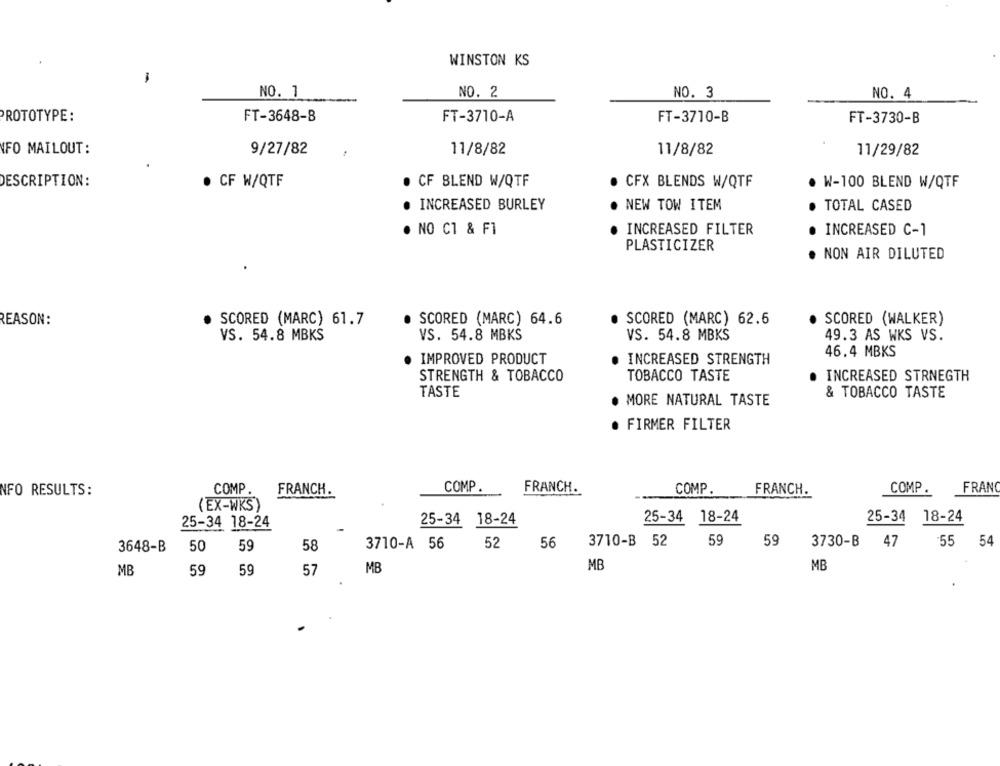
WINSTON KS
-
NO. 3
NO. 1
NO. 2
NO. 4
PROTOTYPE:
FT-3648-B
FT-3710-A
FT-3710-B
FT-3730-B
NFO MAILOUT:
9/27/82
11/8/82
11/8/82
11/29/82
DESCRIPTION:
· CF W/QTF
CF BLEND W/QTF
CFX BLENDS W/QTF
W-100 BLEND W/QTF
· INCREASED BURLEY
NEW TOW ITEM
TOTAL CASED
· NO C1 & F1
INCREASED FILTER
· INCREASED C-1
PLASTICIZER
. NON AIR DILUTED
REASON:
SCORED (MARC) 61.7
· SCORED (MARC) 64.6
SCORED (MARC) 62.6
SCORED (WALKER)
VS. 54.8 MBKS
VS. 54.8 MBKS
49.3 AS WKS VS.
VS. 54.8 MBKS
46.4 MBKS
INCREASED STRENGTH
· IMPROVED PRODUCT
STRENGTH & TOBACCO
TOBACCO TASTE
· INCREASED STRNEGTH
TASTE
& TOBACCO TASTE
· MORE NATURAL TASTE
· FIRMER FILTER
COMP
COMP.
FRANCH.
COMP.
FRANCH.
COMP .
FRAN
NFO RESULTS:
FRANCH.
(EX-WKS)
25-34 18-24
25-34 18-24
25-34 18-24
25-34 18-24
-
3710-A 56
52
56
3710-B 52
59
59
3730-B 47
55 54
3648-B
50
59
58
MB
MB
MB
59
59
57
MB